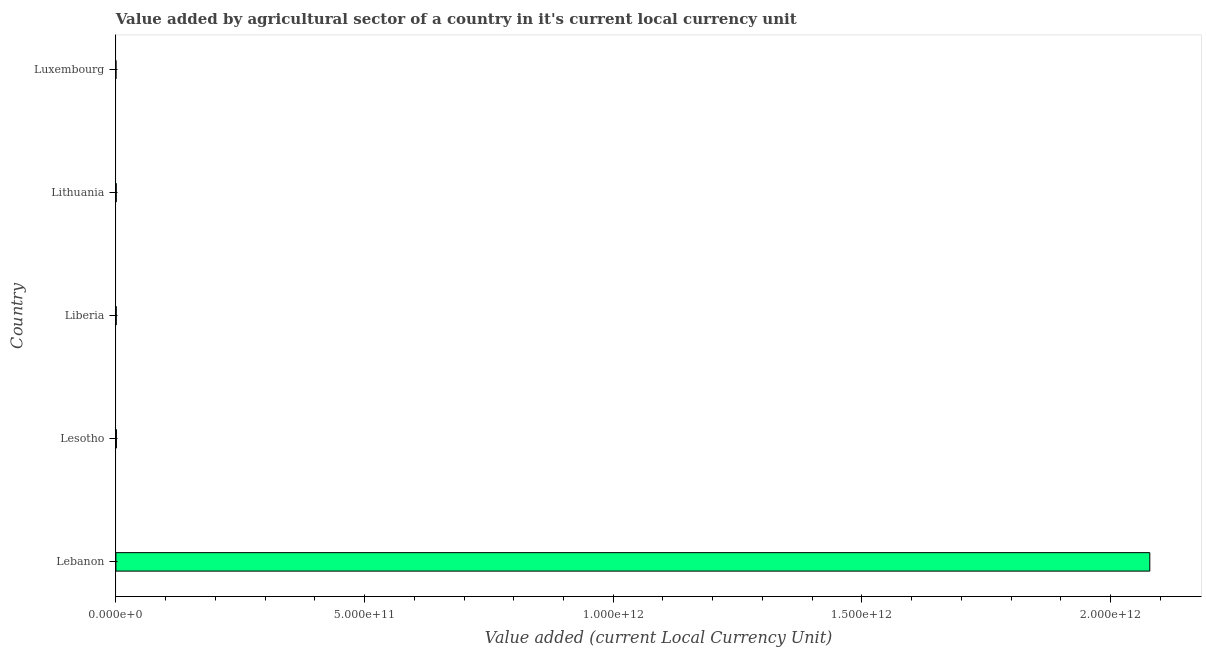
| Country | Agriculture |
 | --- | --- |
 | Lebanon | 2.08e+12 |
 | Lesotho | 1.02e+09 |
 | Liberia | 6.7e+08 |
 | Lithuania | 6.82e+08 |
 | Luxembourg | 9.3e+07 |